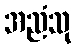
အညံသု